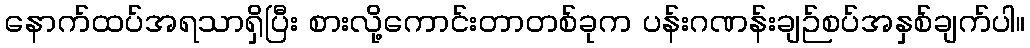
နောက်ထပ်အရသာရှိပြီး စားလို့ကောင်းတာတစ်ခုက ပန်းဂဏန်းချဉ်စပ်အနှစ်ချက်ပါ။